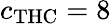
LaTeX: c_{\mathrm{THC}}=8